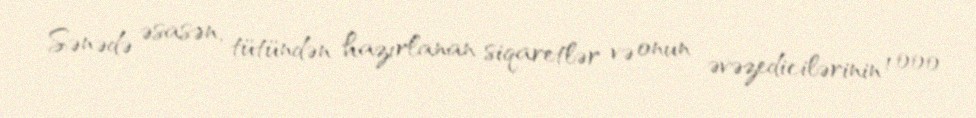
Sənədə əsasən, tütündən hazırlanan siqaretlər və onun əvəzedicilərinin 1 000